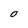
Character: O